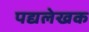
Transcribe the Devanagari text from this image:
पद्यलेखक